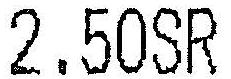
2.50SR